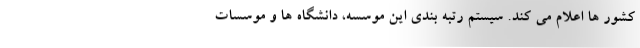
کشور ها اعلام می کند. سیستم رتبه بندی این موسسه، دانشگاه ها و موسسات